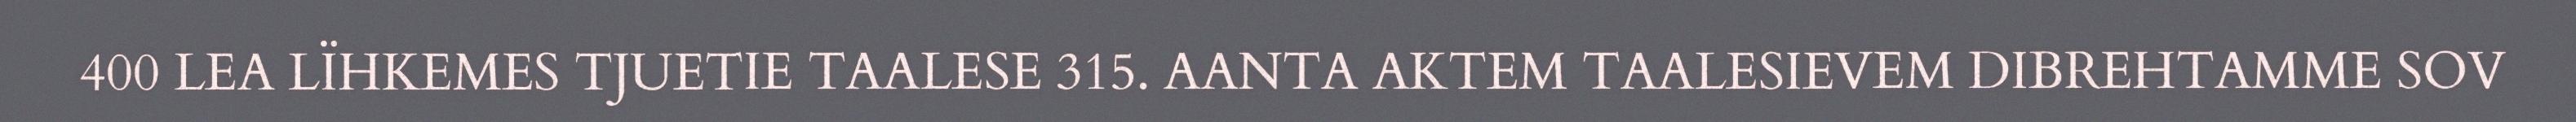
400 LEA LÏHKEMES TJUETIE TAALESE 315. AANTA AKTEM TAALESIEVEM DIBREHTAMME SOV